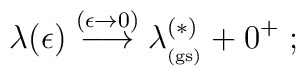
\lambda (\epsilon) \stackrel{(\epsilon \rightarrow 0 )}{\longrightarrow}  \lambda_{_{\rm (gs)}}^{(\ast)} + 0^{+}\; ;